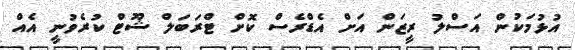
އުޅުމަކުން އަސްލު ރީޒަން އަށް އެޑްރެސް ކޮށް ޓްރަބަލް ޝޫޓް ކުރެވުނީ އެއް